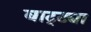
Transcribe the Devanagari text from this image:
बाट्ट्या